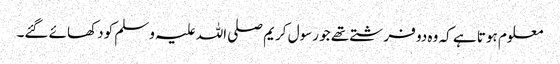
معلوم ہوتا ہے کہ وہ دو فرشتے تھے جو رسول کریم صلی اللہ علیہ وسلم کو دکھائے گئے۔